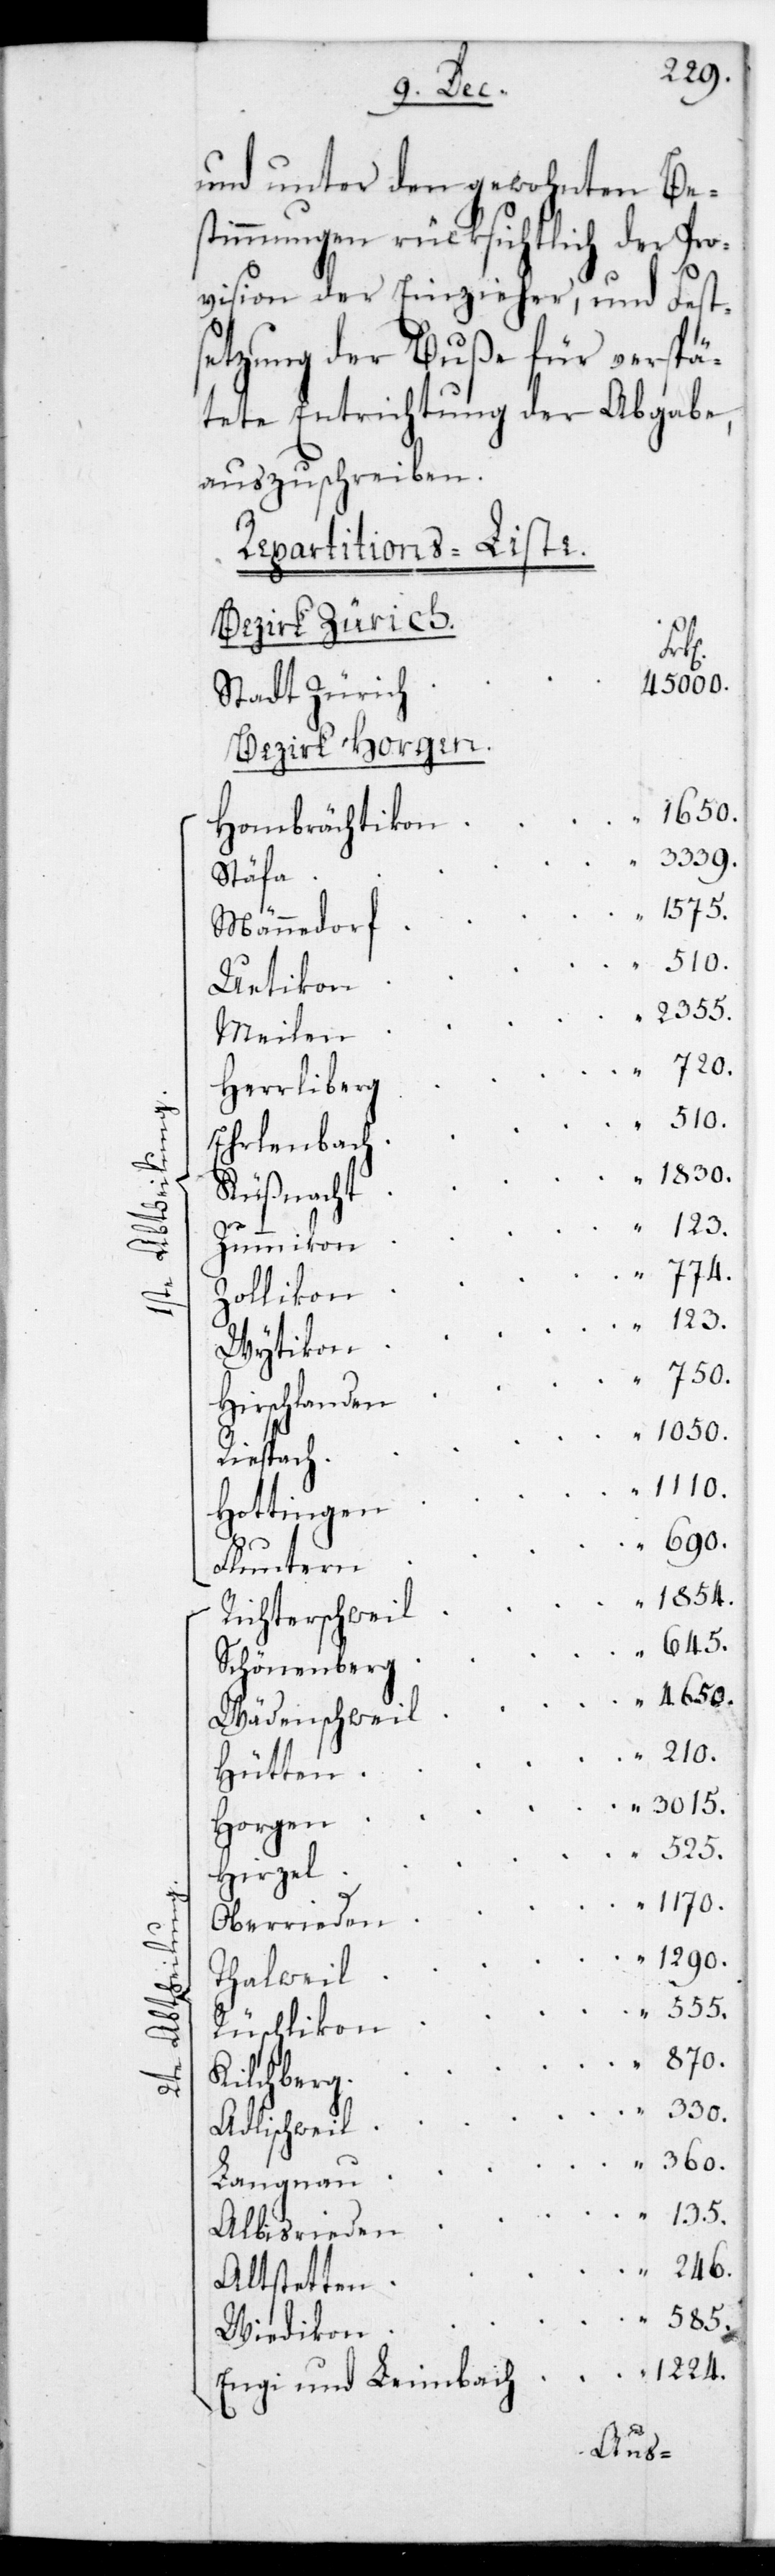
750.
2te

555.
585.
135.

1290.
und unter den gwohnten Be¬
stimmungen rücksichtlich der Pro¬
vision der Einzieher und Fe¬
etzung der Buße für verspä¬
tete Entrichtung der Abgabe,
auszuschreiben.
Repartitions-Liste.
Stadt Zürich
Bezirk Horgen.
Hombrächtikon
Stäfa
Männedorf
Uetikon
Herrliberg
Ehrlenbach
Küßnacht
Zumikon
Zollikon
Wytikon
Hirschlanden
Riesbach
Hottingen
Fluntern
Richterschweil
Schönenberg
Wädenschweil
Hütten
Horgen
Hirzel
Oberrieden
Thalweil
Rüschlikon
Kilchberg
Adlischweil
Langnau
Albisrieden
246.
Altstetten
Wiedikon
Engi und Leimbach 			 1224.